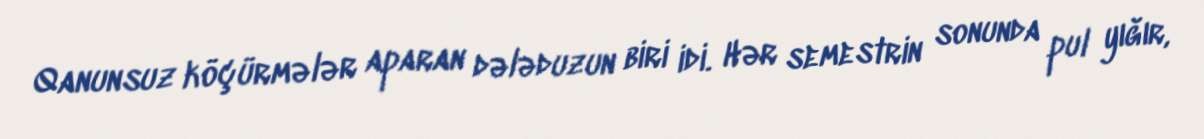
Qanunsuz köçürmələr aparan dələduzun biri idi. Hər semestrin sonunda pul yığır,